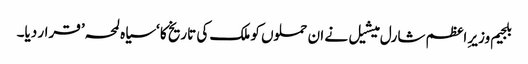
بلجیم وزیرِ اعظم شارل میشیل نے ان حملوں کو ملک کی تاریخ کا ‘سیاہ لمحہ’ قرار دیا۔